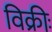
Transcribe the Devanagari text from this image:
विक्रीः